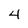
Character: 4